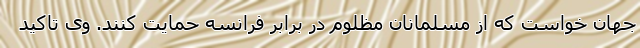
جهان خواست که از مسلمانان مظلوم در برابر فرانسه حمایت کنند. وی تاکید